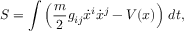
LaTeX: S = \int \left( { \frac { m } { 2 } } g _ { i j } { \dot { x } } ^ { i } { \dot { x } } ^ { j } - V ( x ) \right) \, d t ,